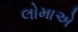
લોમાએ